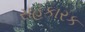
સહકારક